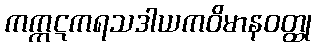
ကက္ကဋကရသဒါယကဝိမာနဝတ္ထု